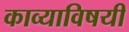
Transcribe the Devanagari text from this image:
काव्याविषयी